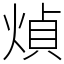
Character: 𤋺